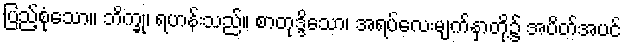
ပြည့်စုံသော။ ဘိက္ခု၊ ရဟန်းသည်။ စာတုဒ္ဒိသော၊ အရပ်လေးမျက်နှာတို့၌ အပိတ်အပင်